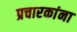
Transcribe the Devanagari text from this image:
प्रचारकांना